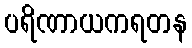
ပရိဏာယကရတန